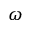
\omega